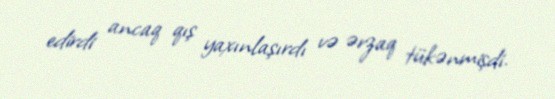
edirdi ancaq qış yaxınlaşırdı və ərzaq tükənmişdi.